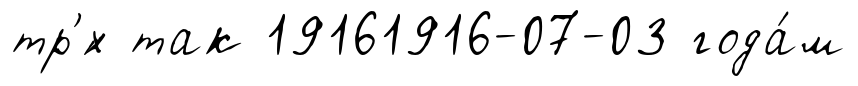
тр'́х так 19161916-07-03 года́м